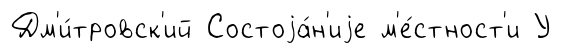
Дм'и́тровск'ий Состоjа́н'иjе м'е́стност'и У